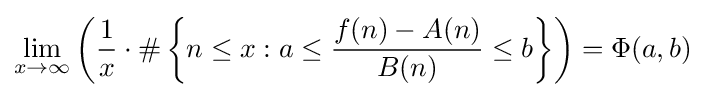
\lim _{x\rightarrow \infty }\left({\frac {1}{x}}\cdot \#\left\{n\leq x:a\leq {\frac {f(n)-A(n)}{B(n)}}\leq b\right\}\right)=\Phi (a,b)